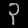
Digit: ၃